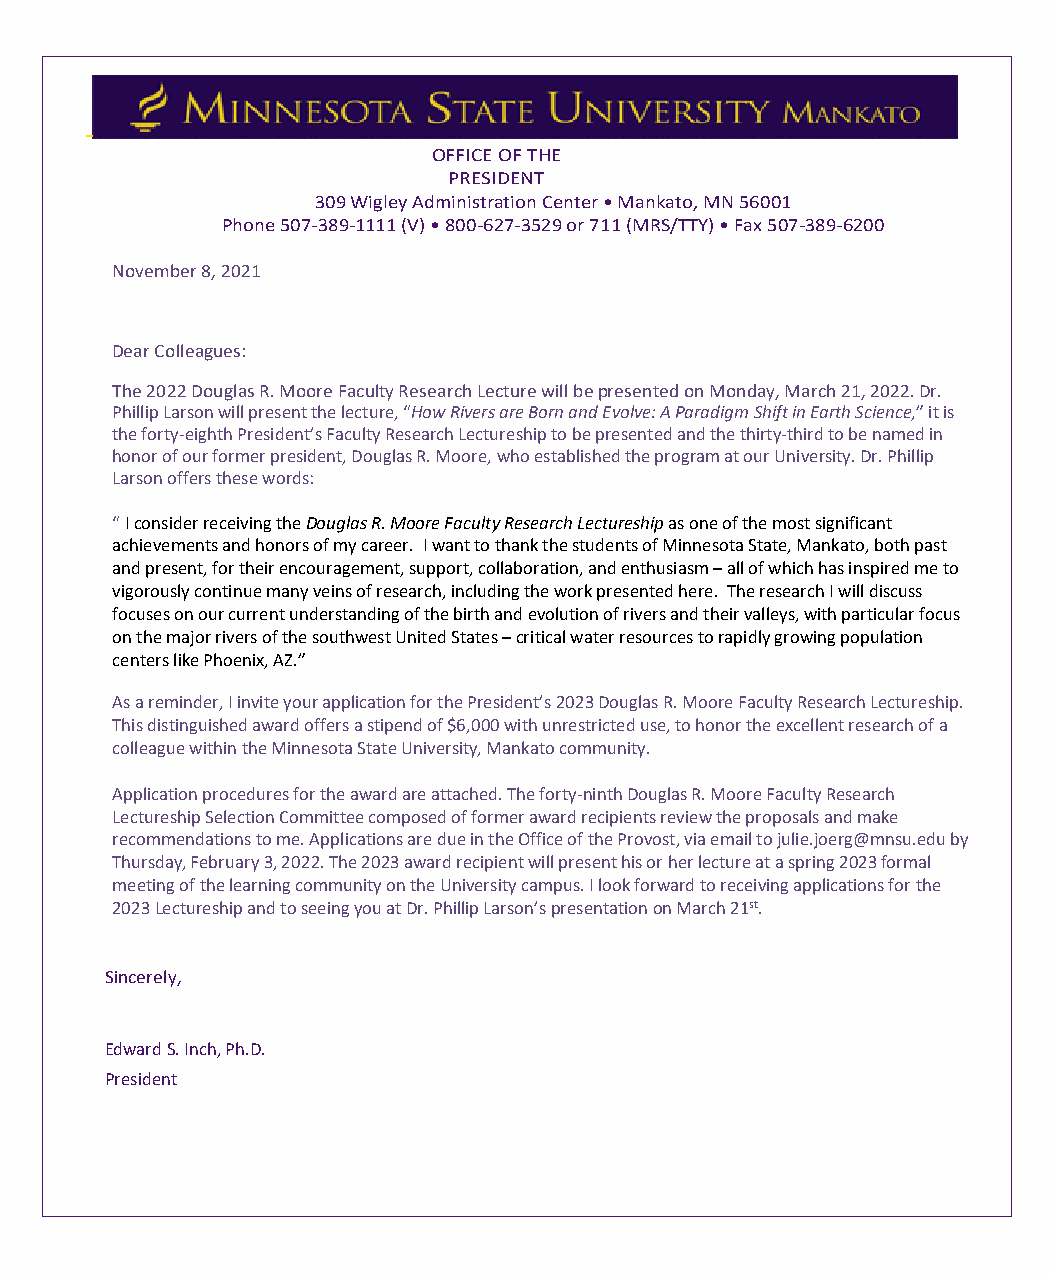
OFFICE OF THE
 PRESIDENT
 309 Wigley Administration Center • Mankato, MN 56001
 Phone 507-389-1111 (V) • 800-627-3529 or 711 (MRS/TTY) • Fax 507-389-6200
 November 8, 2021
 Dear Colleagues:
 The 2022 Douglas R. Moore Faculty Research Lecture will be presented on Monday, March 21, 2022. Dr.
 Phillip Larson will present the lecture, “How Rivers are Born and Evolve: A Paradigm Shift in Earth Science,” it is
 the forty-eighth President’s Faculty Research Lectureship to be presented and the thirty-third to be named in
 honor of our former president, Douglas R. Moore, who established the program at our University. Dr. Phillip
 Larson offers these words:
 “ I consider receiving the Douglas R. Moore Faculty Research Lectureship as one of the most significant
 achievements and honors of my career. I want to thank the students of Minnesota State, Mankato, both past
 and present, for their encouragement, support, collaboration, and enthusiasm – all of which has inspired me to
 vigorously continue many veins of research, including the work presented here. The research I will discuss
 focuses on our current understanding of the birth and evolution of rivers and their valleys, with particular focus
 on the major rivers of the southwest United States – critical water resources to rapidly growing population
 centers like Phoenix, AZ.”
 As a reminder, I invite your application for the President’s 2023 Douglas R. Moore Faculty Research Lectureship.
 This distinguished award offers a stipend of $6,000 with unrestricted use, to honor the excellent research of a
 colleague within the Minnesota State University, Mankato community.
 Application procedures for the award are attached. The forty-ninth Douglas R. Moore Faculty Research
 Lectureship Selection Committee composed of former award recipients review the proposals and make
 recommendations to me. Applications are due in the Office of the Provost, via email to julie.joerg@mnsu.edu by
 Thursday, February 3, 2022. The 2023 award recipient will present his or her lecture at a spring 2023 formal
 meeting of the learning community on the University campus. I look forward to receiving applications for the
 2023 Lectureship and to seeing you at Dr. Phillip Larson’s presentation on March 21st.
 Sincerely,
 Edward S. Inch, Ph.D.
 President